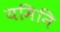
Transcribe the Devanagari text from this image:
यमिनि